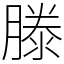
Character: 滕